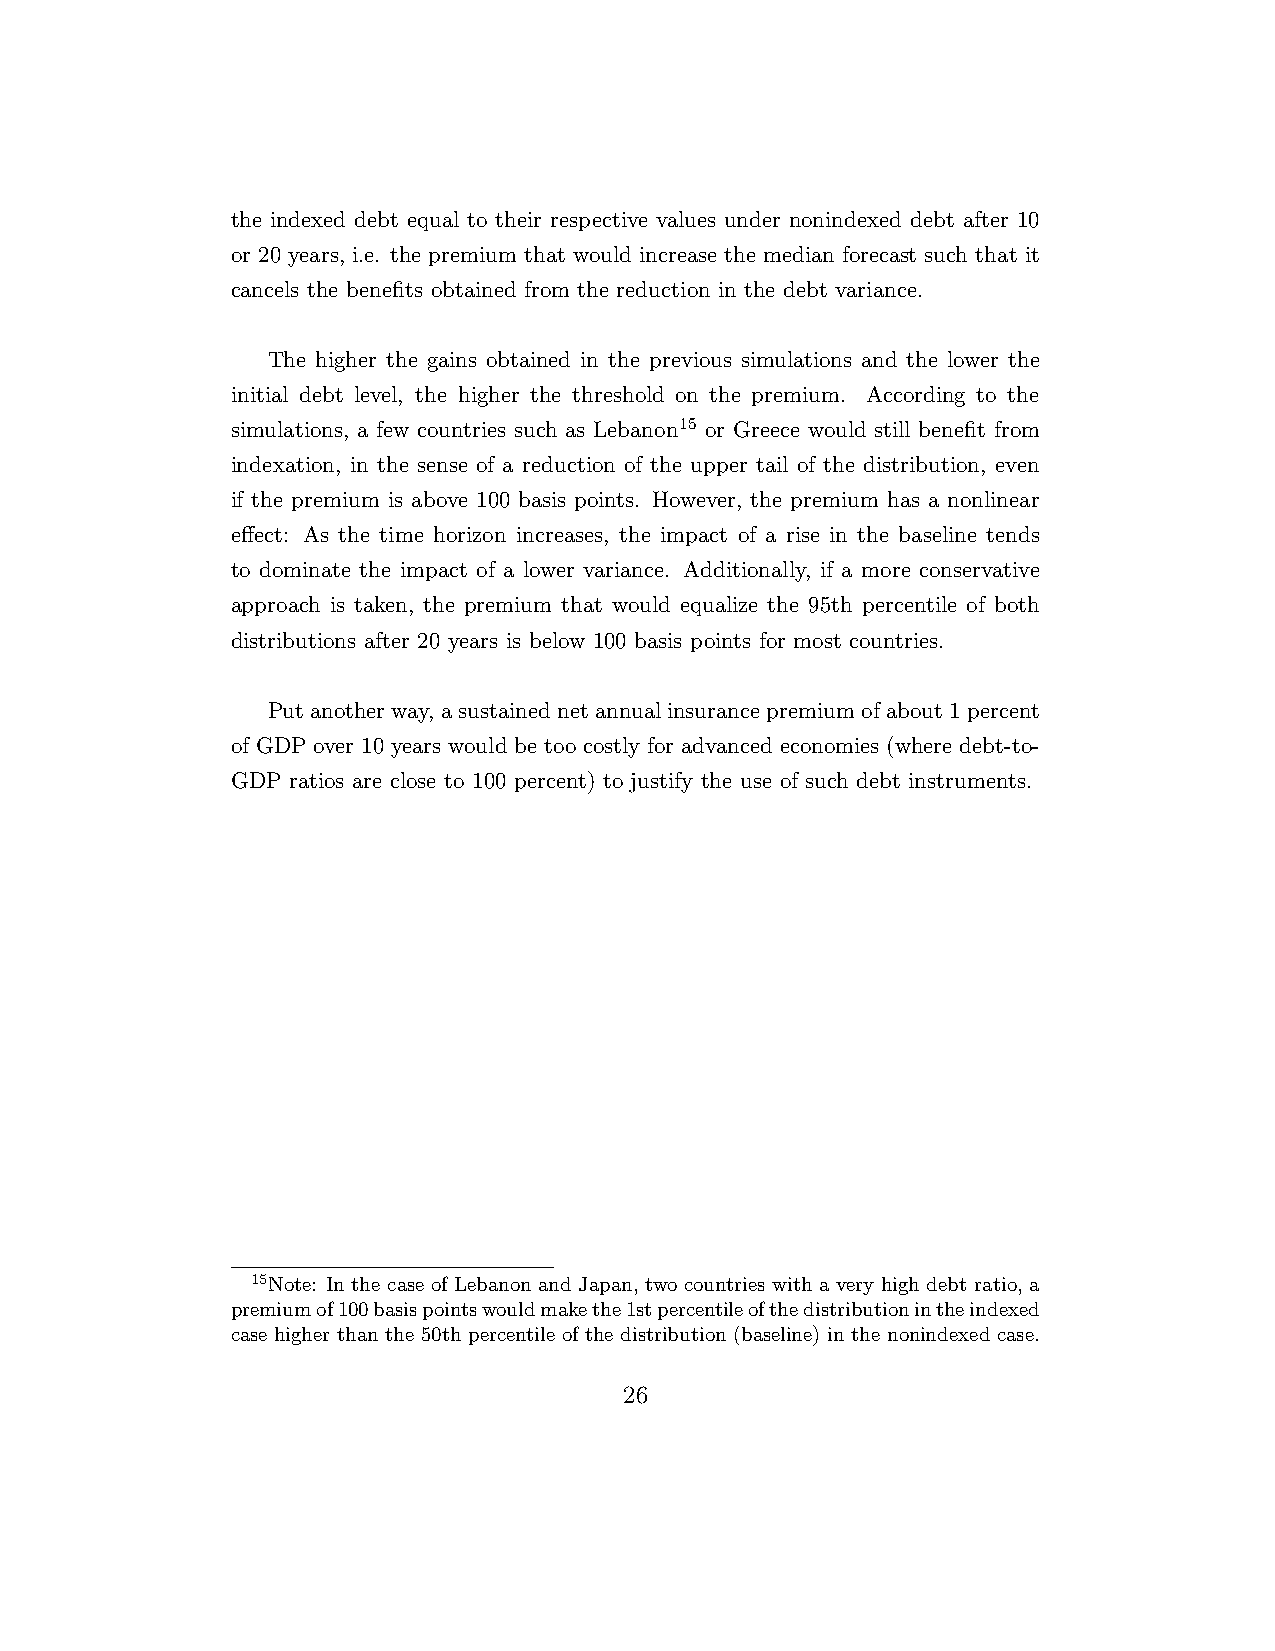
the indexed debt equal to their respective values under nonindexed debt after 10
 or 20 years, i.e. the premium that would increase the median forecast such that it
 cancels the benefits obtained from the reduction in the debt variance.
 The higher the gains obtained in the previous simulations and the lower the
 initial debt level, the higher the threshold on the premium. According to the
 simulations, a few countries such as Lebanon15 or Greece would still benefit from
 indexation, in the sense of a reduction of the upper tail of the distribution, even
 if the premium is above 100 basis points. However, the premium has a nonlinear
 effect: As the time horizon increases, the impact of a rise in the baseline tends
 to dominate the impact of a lower variance. Additionally, if a more conservative
 approach is taken, the premium that would equalize the 95th percentile of both
 distributions after 20 years is below 100 basis points for most countries.
 Putanotherway, asustainednetannualinsurancepremiumofabout1percent
 of GDP over 10 years would be too costly for advanced economies (where debt-to-
 GDP ratios are close to 100 percent) to justify the use of such debt instruments.
 15Note: In the case of Lebanon and Japan, two countries with a very high debt ratio, a
 premiumof100basispointswouldmakethe1stpercentileofthedistributionintheindexed
 case higher than the 50th percentile of the distribution (baseline) in the nonindexed case.
 26